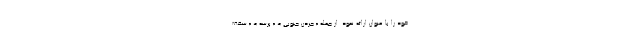
خود را با عنوان ارائه نمود. از جمله « جردن جنوبی »، « پرسه »، « سقف